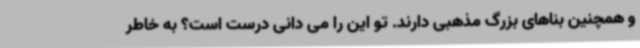
و همچنین بناهای بزرگ مذهبی دارند. تو این را می دانی درست است؟ به خاطر